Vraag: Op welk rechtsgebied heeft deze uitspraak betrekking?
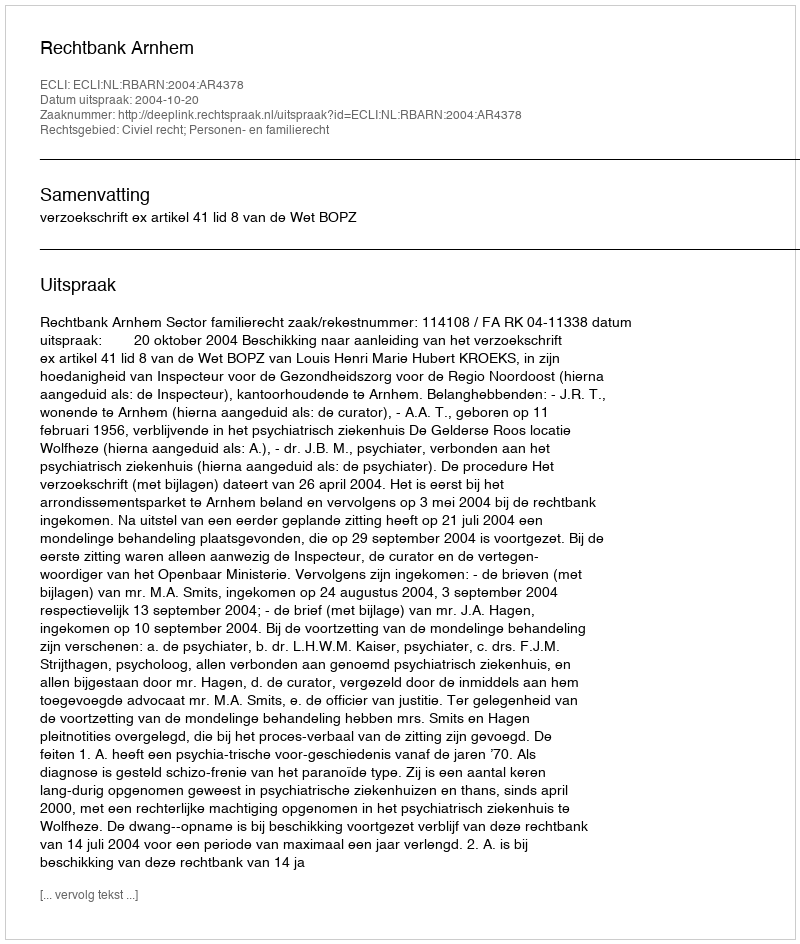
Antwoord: Civiel recht; Personen- en familierecht